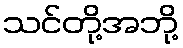
သင်တို့အဘို့